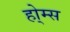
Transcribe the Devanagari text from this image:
हो्म्स